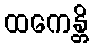
ထကေန္တိ